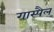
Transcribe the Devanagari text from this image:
गास्पैल